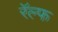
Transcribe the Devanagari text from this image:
रॅल्फ